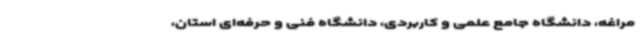
مراغه، دانشگاه جامع علمی و کاربردی، دانشگاه فنی و حرفه‌ای استان،